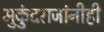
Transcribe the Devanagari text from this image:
मुकुंदराजांनीही